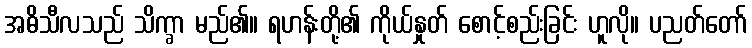
အဓိသီလသည် သိက္ခာ မည်၏။ ရဟန်းတို့၏ ကိုယ်နှုတ် စောင့်စည်းခြင်း ဟူလို။ ပညတ်တော်